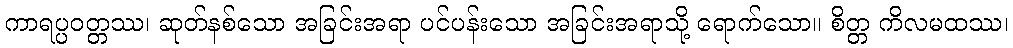
ကာရပ္ပဝတ္တဿ၊ ဆုတ်နစ်သော အခြင်းအရာ ပင်ပန်းသော အခြင်းအရာသို့ ရောက်သော။ စိတ္တ ကိလမထဿ၊